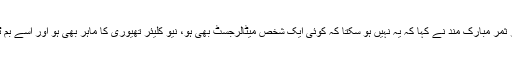
ڈاکٹر قدیر کے بارے میں ڈاکٹر ثمر مبارک مند نے کہا کہ یہ نہیں ہو سکتا کہ کوئی ایک شخص میٹالرجسٹ بھی ہو، نیو کلیئر تھیوری کا ماہر بھی ہو اور اُسے بم ٹیسٹنگ کی سوجھ بوجھ بھی ہو۔